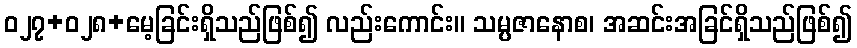
ဝ၂၇+၀၂၈+မေ့ခြင်းရှိသည်ဖြစ်၍ လည်းကောင်း။ သမ္ပဇာနောစ၊ အဆင်းအခြင်ရှိသည်ဖြစ်၍